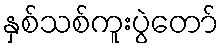
နှစ်သစ်ကူးပွဲတော်